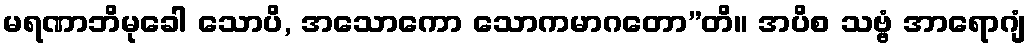
မရဏာဘိမုခေါ သောပိ, အသောကော သောကမာဂတော”တိ။ အပိစ သဗ္ဗံ အာရောဂျံ